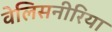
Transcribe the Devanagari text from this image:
वेलिसनीरिया